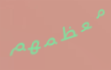
معظمهم